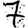
Digit: 7